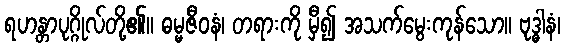
ရဟန္တာပုဂ္ဂိုလ်တို့၏။ ဓမ္မဇီဝနံ၊ တရားကို မှီ၍ အသက်မွေးကုန်သော။ ဗုဒ္ဓါနံ၊